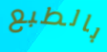
بالطبع